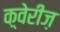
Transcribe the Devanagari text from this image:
क़्वेरीज़